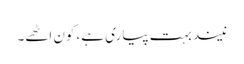
نیند بہت پیاری ہے، کون اٹھے۔